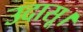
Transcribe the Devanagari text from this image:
उदासू।